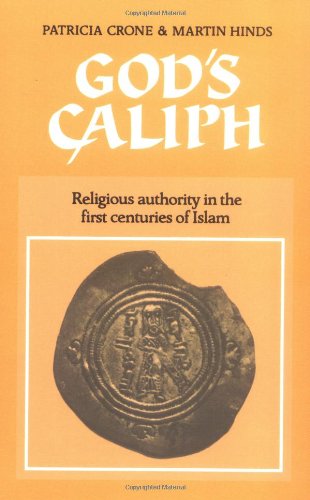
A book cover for God's Caliph: Religious Authority in the First Centuries of Islam (University of Cambridge Oriental Publications); Patricia Crone; Religion & Spirituality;